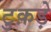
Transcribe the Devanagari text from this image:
टुक़ड़े